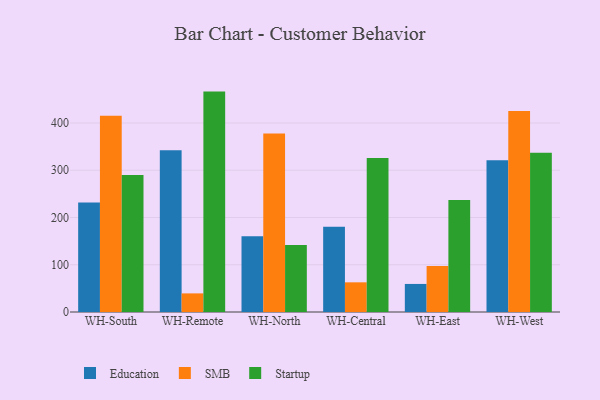
{"axis": {"x": "Warehouse", "y": "Satisfaction Score"}, "legend": ["Education", "SMB", "Startup"], "data": [{"x": "WH-South", "y": 231.5, "type": "Education"}, {"x": "WH-South", "y": 415.5, "type": "SMB"}, {"x": "WH-South", "y": 290.1, "type": "Startup"}, {"x": "WH-Remote", "y": 342.1, "type": "Education"}, {"x": "WH-Remote", "y": 39.4, "type": "SMB"}, {"x": "WH-Remote", "y": 466.4, "type": "Startup"}, {"x": "WH-North", "y": 160.4, "type": "Education"}, {"x": "WH-North", "y": 377.8, "type": "SMB"}, {"x": "WH-North", "y": 141.7, "type": "Startup"}, {"x": "WH-Central", "y": 180.5, "type": "Education"}, {"x": "WH-Central", "y": 62.8, "type": "SMB"}, {"x": "WH-Central", "y": 326.1, "type": "Startup"}, {"x": "WH-East", "y": 59.4, "type": "Education"}, {"x": "WH-East", "y": 97.2, "type": "SMB"}, {"x": "WH-East", "y": 236.9, "type": "Startup"}, {"x": "WH-West", "y": 321.3, "type": "Education"}, {"x": "WH-West", "y": 425.4, "type": "SMB"}, {"x": "WH-West", "y": 337.2, "type": "Startup"}]}